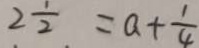
2 \frac { 1 } { 2 } = a + \frac { 1 } { 4 }